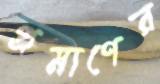
প্রমাণের